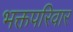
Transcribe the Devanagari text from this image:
भक्तपरिवार